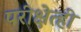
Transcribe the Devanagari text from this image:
परीक्षेत्ही